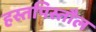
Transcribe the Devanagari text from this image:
हस्तपिस्तौल